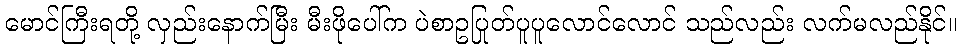
မောင်ကြီးရတို့ လှည်းနောက်မြီး မီးဖိုပေါ်က ပဲစာဥပြုတ်ပူပူလောင်လောင် သည်လည်း လက်မလည်နိုင်။